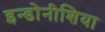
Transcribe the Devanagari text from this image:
इन्डोनीशिया